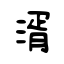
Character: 湑